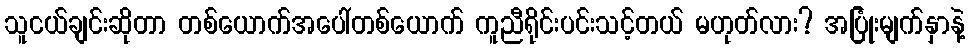
သူငယ်ချင်းဆိုတာ တစ်ယောက်အပေါ်တစ်ယောက် ကူညီရိုင်းပင်းသင့်တယ် မဟုတ်လား? အပြုံးမျက်နှာနဲ့